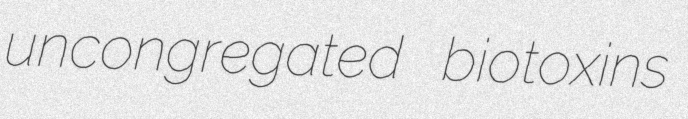
uncongregated biotoxins